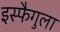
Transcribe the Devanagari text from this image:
इस्फैगुला